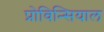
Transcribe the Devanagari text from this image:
प्रोविन्सियाल